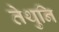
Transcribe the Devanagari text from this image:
तेथुनि